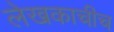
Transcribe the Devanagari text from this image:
लेखकाचीच